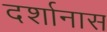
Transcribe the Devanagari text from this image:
दर्शानास